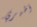
أظهري